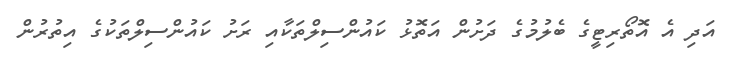
އަދި އެ އޮތޯރިޓީގެ ބެލުމުގެ ދަށުން އަތޮޅު ކައުންސިލްތަކާއި ރަށު ކައުންސިލްތަކުގެ އިތުރުން